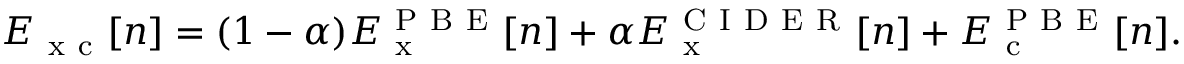
E _ { \mathrm { ~ x ~ c ~ } } [ n ] = ( 1 - \alpha ) E _ { \mathrm { ~ x ~ } } ^ { \mathrm { ~ P ~ B ~ E ~ } } [ n ] + \alpha E _ { \mathrm { ~ x ~ } } ^ { \mathrm { ~ C ~ I ~ D ~ E ~ R ~ } } [ n ] + E _ { \mathrm { ~ c ~ } } ^ { \mathrm { ~ P ~ B ~ E ~ } } [ n ] .